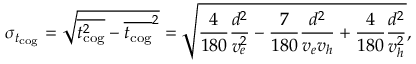
\sigma _ { { t _ { \mathrm { c o g } } } } = \sqrt { \overline { { t _ { \mathrm { c o g } } ^ { 2 } } } - \overline { { t _ { \mathrm { c o g } } } } ^ { 2 } } = \sqrt { \frac { 4 } { 1 8 0 } \frac { d ^ { 2 } } { v _ { e } ^ { 2 } } - \frac { 7 } { 1 8 0 } \frac { d ^ { 2 } } { v _ { e } v _ { h } } + \frac { 4 } { 1 8 0 } \frac { d ^ { 2 } } { v _ { h } ^ { 2 } } } ,